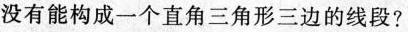
没有能构成一个直角三角形三边的线段?